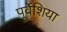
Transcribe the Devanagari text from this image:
पूर्वेशिया